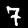
Label: 7